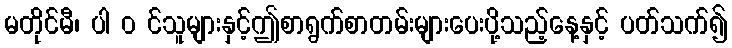
မတိုင်မီ၊ ပါ ၀ င်သူများနှင့်ဤစာရွက်စာတမ်းများပေးပို့သည့်နေ့နှင့် ပတ်သက်၍